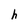
Character: h